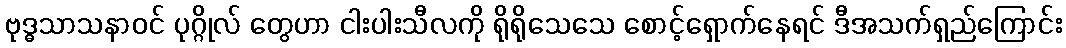
ဗုဒ္ဓသာသနာဝင် ပုဂ္ဂိုလ် တွေဟာ ငါးပါးသီလကို ရိုရိုသေသေ စောင့်ရှောက်နေရင် ဒီအသက်ရှည်ကြောင်း